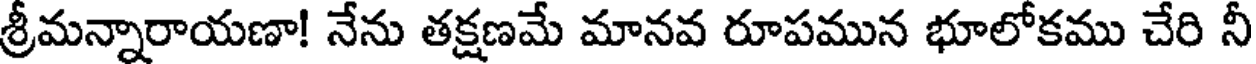
శ్రీమన్నారాయణా! నేను తక్షణమే మానవ రూపమున భూలోకము చేరి నీ